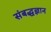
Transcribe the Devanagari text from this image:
संबद्धज्ञान